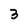
Character: 3